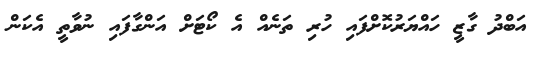
އަބްދު ގާޒީ ހައްޔަރުކޮށްފައި ހުރި ތަނެއް އެ ކޯޓަށް އަންގާފައި ނުވާތީ އެކަން